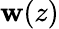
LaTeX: \mathbf{w}(z)